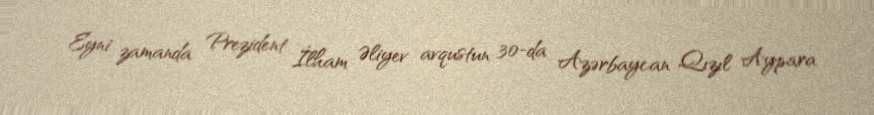
Eyni zamanda Prezident İlham Əliyev avqustun 30-da Azərbaycan Qızıl Aypara